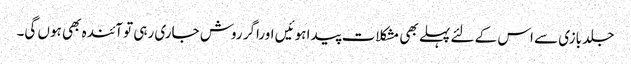
جلد بازی سے اس کے لئے پہلے بھی مشکلات پیدا ہوئیں اوراگر روش جاری رہی تو آئندہ بھی ہوں گی۔